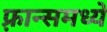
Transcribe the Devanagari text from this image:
फ़्रान्समध्ये